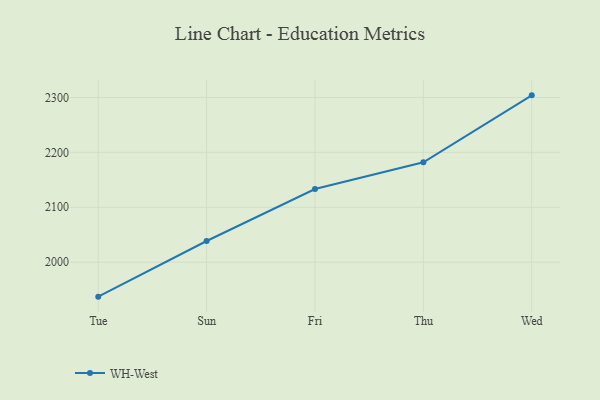
{"axis": {"x": "Day", "y": "Tickets Resolved"}, "legend": ["WH-West"], "data": [{"x": "Tue", "y": 1937.2, "type": "WH-West"}, {"x": "Sun", "y": 2038.6, "type": "WH-West"}, {"x": "Fri", "y": 2133.2, "type": "WH-West"}, {"x": "Thu", "y": 2181.9, "type": "WH-West"}, {"x": "Wed", "y": 2303.9, "type": "WH-West"}]}